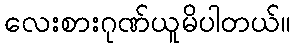
လေးစားဂုဏ်ယူမိပါတယ်။